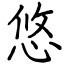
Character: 悠